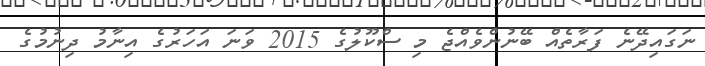
ނަގައިދޭނެ ފަރާތެއް ބޭނުންވެއްޖެ މި ސްކޫލުގެ 2015 ވަނަ އަހަރުގެ އިނާމު ދިނުމުގެ